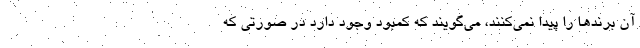
آن برندها را پیدا نمی‌کنند، می‌گویند که کمبود وجود دارد در صورتی که